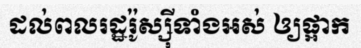
ដល់ពលរដ្ឋរ៉ូស្ស៊ីទាំងអស់ ឲ្យផ្អាក